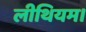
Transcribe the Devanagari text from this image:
लीथियम।